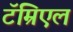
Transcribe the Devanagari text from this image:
टॅम्रिएल